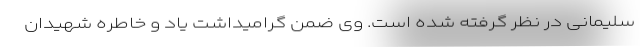
سلیمانی در نظر گرفته شده است. وی ضمن گرامیداشت یاد و خاطره شهیدان